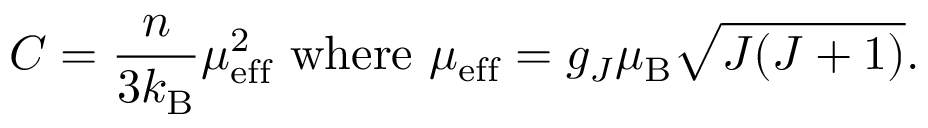
C = { \frac { n } { 3 k _ { \mathrm { B } } } } \mu _ { \mathrm { e f f } } ^ { 2 } { \mathrm { ~ w h e r e ~ } } \mu _ { \mathrm { e f f } } = g _ { J } \mu _ { \mathrm { B } } { \sqrt { J ( J + 1 ) } } .